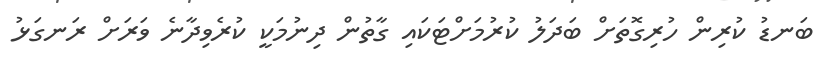
ބަނޑު ކުރިން ހުރިގޮތަށް ބަދަލު ކުރުމަށްޓަކައި ގާތުން ދިނުމަކީ ކުރެވިދާނެ ވަރަށް ރަނގަޅު